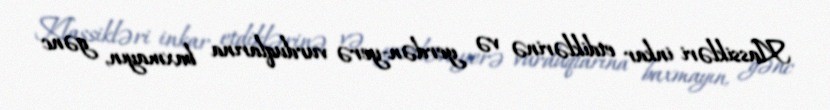
Klassikləri inkar etdiklərinə və yerdən-yerə vurduqlarına baxmayın, gənc